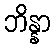
ဘိန္နာ